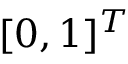
[ 0 , 1 ] ^ { T }